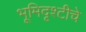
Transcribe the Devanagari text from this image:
भूमिदृश्टीचे